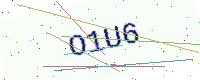
Text: O1U6